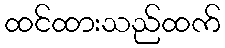
ထင်ထားသည်ထက်